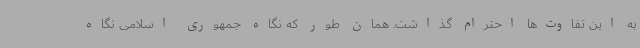
به این تفاوت‌ها احترام گذاشت. همان طور که نگاه جمهوری اسلامی نگاه